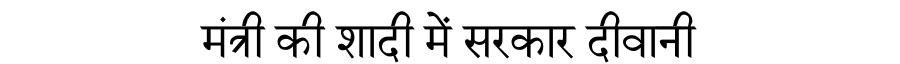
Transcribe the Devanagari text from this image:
मंत्री की शादी में सरकार दीवानी